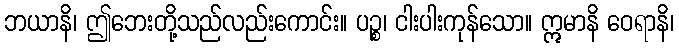
ဘယာနိ၊ ဤဘေးတို့သည်လည်းကောင်း။ ပဉ္စ၊ ငါးပါးကုန်သော။ ဣမာနိ ဝေရာနိ၊